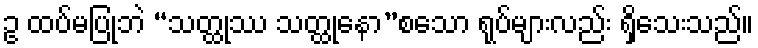
ဥ ထပ်မပြုဘဲ “သတ္ထုဿ သတ္ထုနော”စသော ရုပ်များလည်း ရှိသေးသည်။